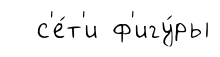
с'е́т'и ф'игу́ры